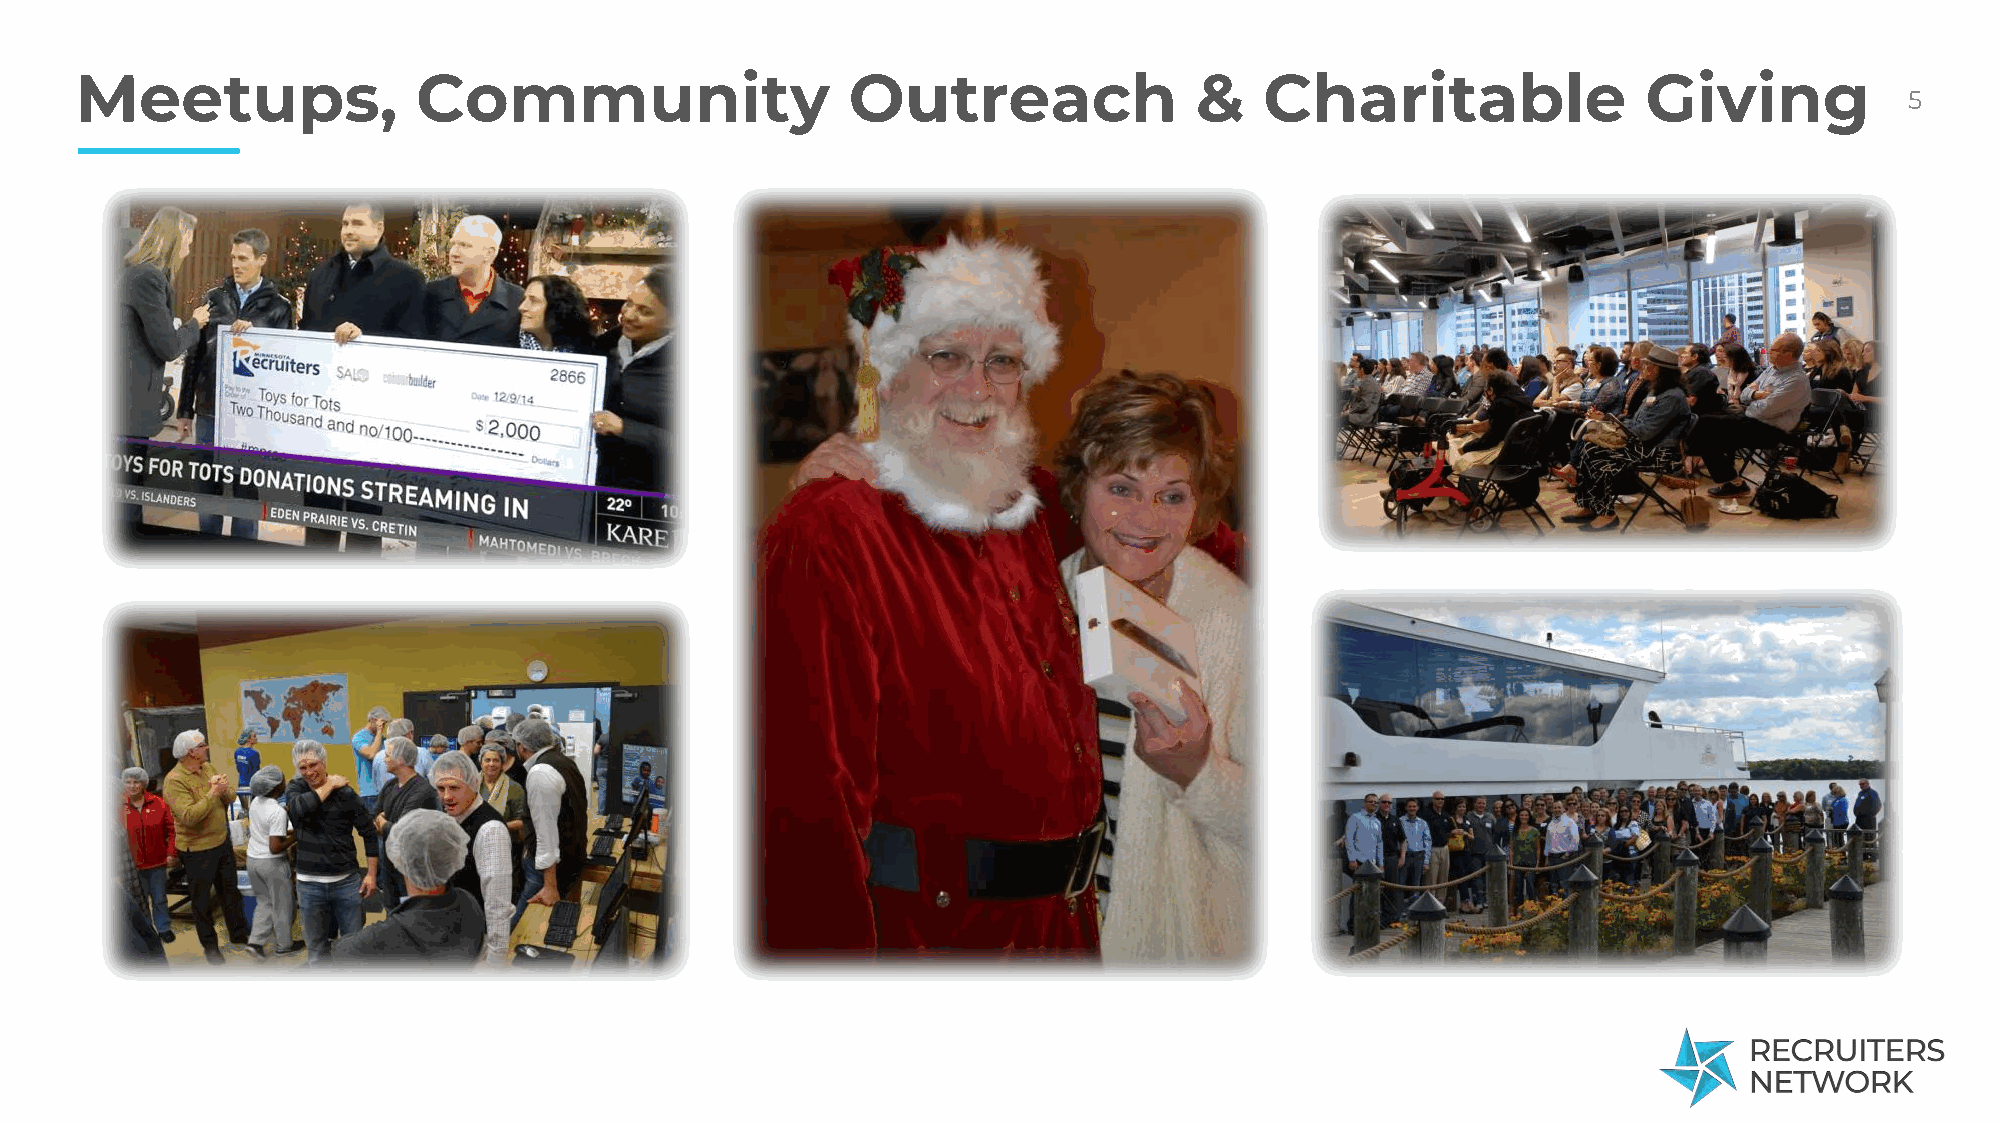
Meetups,               Community                   Outreach               &    Charitable               Giving
 5